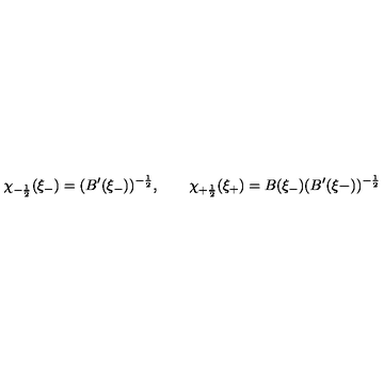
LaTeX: \chi _ { - \frac { 1 } { 2 } } ( \xi _ { - } ) = ( B ^ { \prime } ( \xi _ { - } ) ) ^ { - \frac { 1 } { 2 } } , \qquad \chi _ { + \frac { 1 } { 2 } } ( \xi _ { + } ) = B ( \xi _ { - } ) ( B ^ { \prime } ( \xi { - } ) ) ^ { - \frac { 1 } { 2 } }